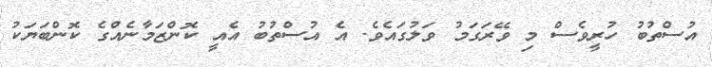
އުސްތުބު ހުރީވެސް މި ވޭރަގަމު ވަލުގައެވެ. އެ އުސްތުބު އެއީ ކޮންޒަމާނެއްގެ ކޮންބަޔަކު